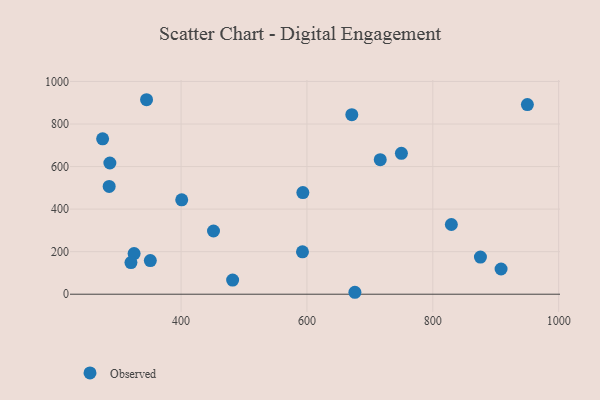
{"axis": {"x": "Experience", "y": "Demand"}, "legend": ["Observed"], "data": [{"x": "716.5", "y": 632.2, "type": "Observed"}, {"x": "351.1", "y": 158.1, "type": "Observed"}, {"x": "950.3", "y": 891.1, "type": "Observed"}, {"x": "285.7", "y": 506.8, "type": "Observed"}, {"x": "345.1", "y": 914.1, "type": "Observed"}, {"x": "325.3", "y": 191.2, "type": "Observed"}, {"x": "401.0", "y": 443.7, "type": "Observed"}, {"x": "320.3", "y": 148.8, "type": "Observed"}, {"x": "592.9", "y": 199.0, "type": "Observed"}, {"x": "481.9", "y": 66.3, "type": "Observed"}, {"x": "676.2", "y": 9.1, "type": "Observed"}, {"x": "908.5", "y": 118.4, "type": "Observed"}, {"x": "671.3", "y": 843.9, "type": "Observed"}, {"x": "593.5", "y": 477.7, "type": "Observed"}, {"x": "275.3", "y": 730.1, "type": "Observed"}, {"x": "750.1", "y": 662.3, "type": "Observed"}, {"x": "829.5", "y": 327.6, "type": "Observed"}, {"x": "286.8", "y": 616.8, "type": "Observed"}, {"x": "875.7", "y": 174.6, "type": "Observed"}, {"x": "451.5", "y": 297.2, "type": "Observed"}]}